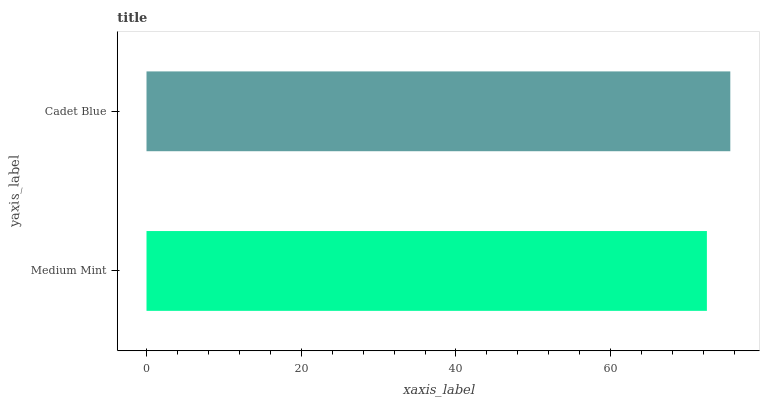
| yaxis_label | bars |
 | --- | --- |
 | Medium Mint | 72.4 |
 | Cadet Blue | 75.5 |